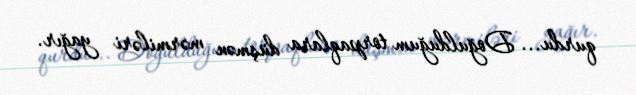
qurdu... Doğulduğum torpaqlara düşmən mərmiləri yağır.